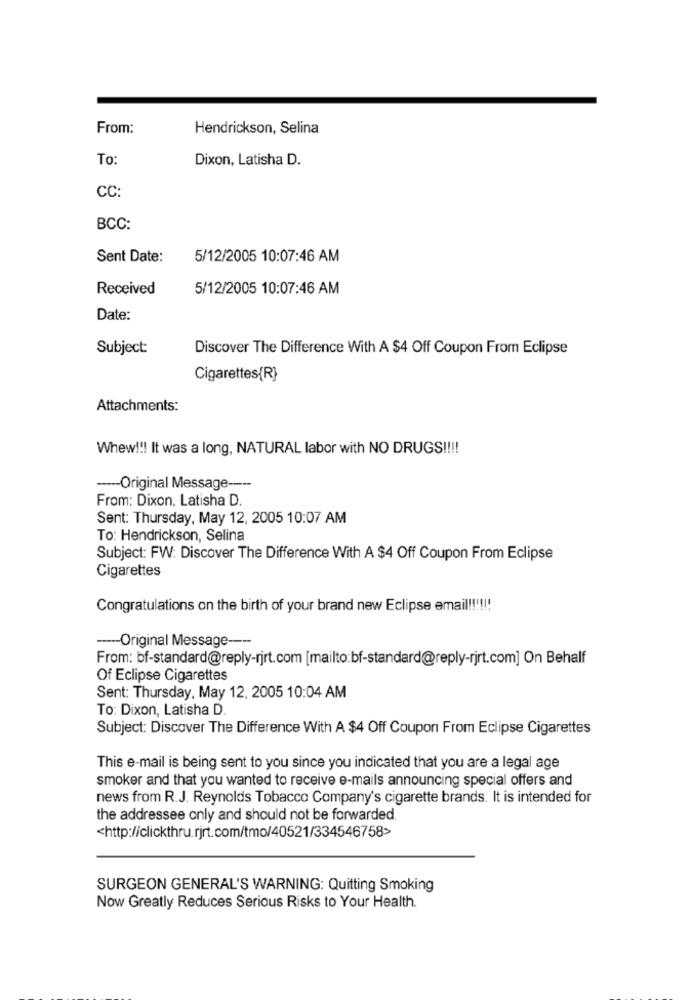
From:
Hendrickson, Selina
To:
Dixon, Latisha D.
CC:
BCC:
Sent Date:
5/12/2005 10:07:46 AM
Received
5/12/2005 10:07:46 AM
Date:
Subject:
Discover The Difference With A $4 Off Coupon From Eclipse
Cigarettes{R}
Attachments:
Whew !! It was a long, NATURAL labor with NO DRUGS !!!
----- Original Message ----
From: Dixon, Latisha D.
Sent: Thursday, May 12, 2005 10:07 AM
To: Hendrickson, Selina
Subject: FW: Discover The Difference With A $4 Off Coupon From Eclipse
Cigarettes
Congratulations on the birth of your brand new Eclipse email !!!!!!
----- Original Message ----
From: bf-standard@reply-rjrt.com [mailto:bf-standard@reply-rjrt.com] On Behalf
Of Eclipse Cigarettes
Sent: Thursday, May 12, 2005 10:04 AM
To: Dixon, Latisha D.
Subject: Discover The Difference With A $4 Off Coupon From Eclipse Cigarettes
This e-mail is being sent to you since you indicated that you are a legal age
smoker and that you wanted to receive e-mails announcing special offers and
news from R.J. Reynolds Tobacco Company's cigarette brands. It is intended for
the addressee only and should not be forwarded.
<http://clickthru.rjrt.com/tmo/40521/334546758>
SURGEON GENERAL'S WARNING: Quitting Smoking
Now Greatly Reduces Serious Risks to Your Health.